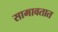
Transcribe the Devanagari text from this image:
सामावतात